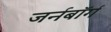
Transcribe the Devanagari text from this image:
जर्नबॉर्ग